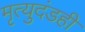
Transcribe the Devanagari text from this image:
मृत्युदंडही